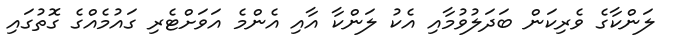
ލަންކާގެ ވެރިކަން ބަދަލުވުމާއި އެކު ލަންކާ އާއި އެންމެ އަވަށްޓެރި ގައުމެއްގެ ގޮތުގައި